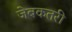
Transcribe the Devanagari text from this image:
जेबकतरी